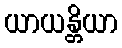
ယာယန္တိယာ